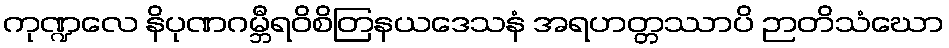
ကုဏ္ဍလေ နိပုဏဂမ္ဘီရဝိစိတြနယဒေသနံ အရဟတ္တဿာပိ ဉာတိသံဃော